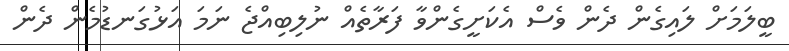
ބީލަމަށް ލައިގެން ދެން ވެސް އެކަށީގެންވާ ފަރާތެއް ނުލިބިއްޖެ ނަމަ އަޅުގަނޑުމެން ދެން